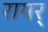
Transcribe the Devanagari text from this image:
रायर्